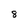
Character: 8